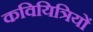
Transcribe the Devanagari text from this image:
कवियित्रियों